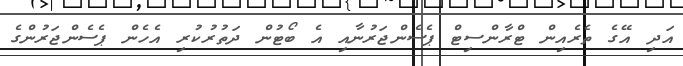
އަދި އޭގެ ތެރެއިން ޓްރާންސިޓް ޕެސެންޖަރުނާއި އެ ބޯޓުން ދަތުރުކުރި އެހެން ޕެސެންޖަރުންގެ